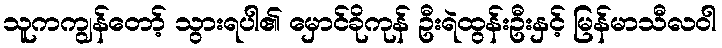
သူကကျွန်တော့် သွားရပါ၏ မှောင်ခိုကုန် ဦးရဲထွန်းဦးနှင့် မြန်မာသီလဝါ